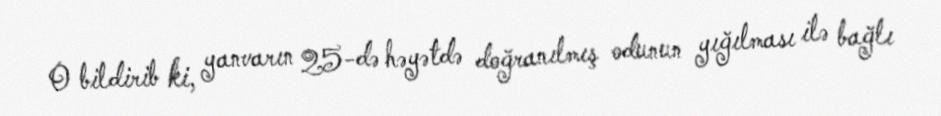
O bildirib ki, yanvarın 25-də həyətdə doğranılmış odunun yığılması ilə bağlı